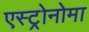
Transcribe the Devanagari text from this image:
एस्ट्रोनोमा